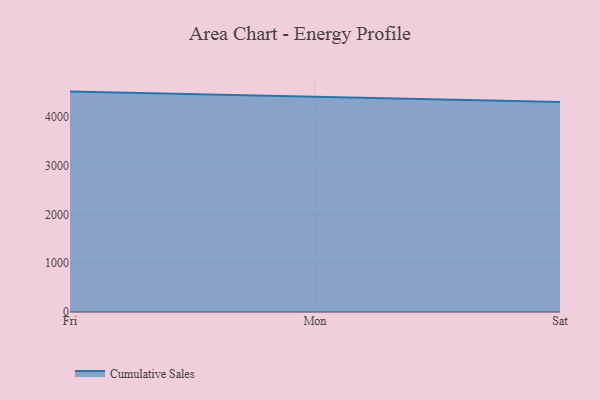
{"axis": {"x": "Day", "y": "Latency (ms)"}, "legend": ["Cumulative Sales"], "data": [{"x": "Fri", "y": 4524.2, "type": "Cumulative Sales"}, {"x": "Mon", "y": 4420.2, "type": "Cumulative Sales"}, {"x": "Sat", "y": 4310.1, "type": "Cumulative Sales"}]}